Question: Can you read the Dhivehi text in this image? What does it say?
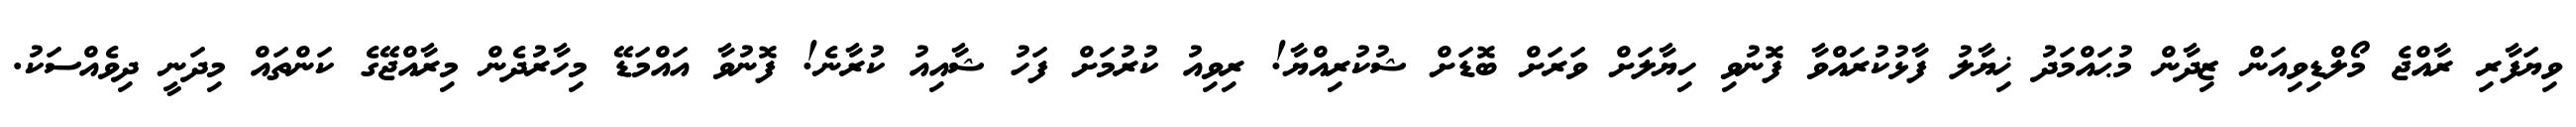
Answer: ވިޔަފާރި ރާއްޖެ މޯލްޑިވިއަން ޒިދާން މުޙައްމަދު ޚިޔާލު ފާޅުކުރައްވާ ފޮނުވި ހިޔާލަށް ވަރަށް ބޮޑަށް ޝުކުރިއްޔާ! ރިވިއު ކުރުމަށް ފަހު ޝާއިއު ކުރާނެ! ފޮނުވާ އައްމަޑޭ މިހާރުދެން މިރާއްޖޭގެ ކަންތައް މިދަނީ ދިވެއްސަކު.